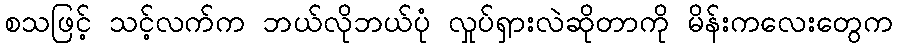
စသဖြင့် သင့်လက်က ဘယ်လိုဘယ်ပုံ လှုပ်ရှားလဲဆိုတာကို မိန်းကလေးတွေက